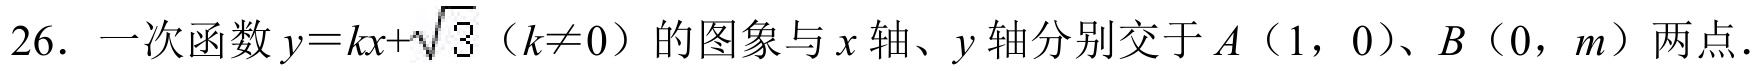
26. 一次函数\(y = kx+\sqrt{3}（k\neq0）\)的图象与\(x\)轴、\(y\)轴分别交于\(A（1，0）\)、\(B（0，m）\)两点.